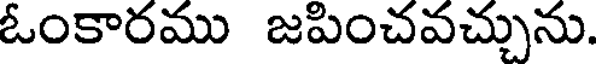
ఓంకారము జపించవచ్చును.